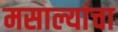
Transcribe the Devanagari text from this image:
मसाल्यांचा